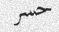
حسر